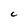
Character: C